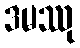
ဒမဿု